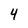
Character: 4